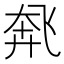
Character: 𫗌